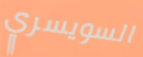
السويسري